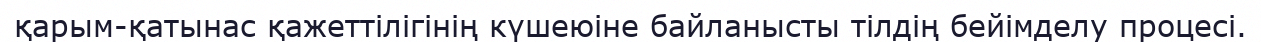
қарым-қатынас қажеттілігінің күшеюіне байланысты тілдің бейімделу процесі.